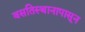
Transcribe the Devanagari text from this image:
वसतिस्थानापासून